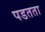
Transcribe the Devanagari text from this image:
पडतता